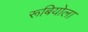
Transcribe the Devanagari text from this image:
रूबियोला